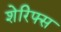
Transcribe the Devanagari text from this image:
शेरिफ्स